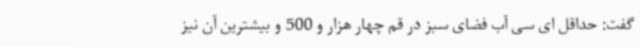
گفت: حداقل ای سی آب فضای سبز در قم چهار هزار و 500 و بیشترین آن نیز